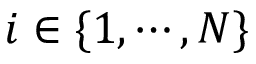
i \in \{ 1 , \cdots , N \}